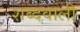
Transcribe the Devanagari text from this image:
शब्दवाली